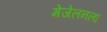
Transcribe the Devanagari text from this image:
मेजेलनला